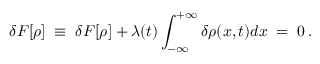
\delta { \cal F } [ \rho ] \; \equiv \; \delta { F } [ \rho ] + \lambda ( t ) \int _ { - \infty } ^ { + \infty } \delta \rho ( x , t ) d x \; = \; 0 \, .